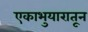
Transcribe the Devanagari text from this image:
एकाभुयारातून